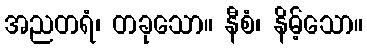
အညတရံ၊ တခုသော။ နီစံ၊ နိမ့်သော။